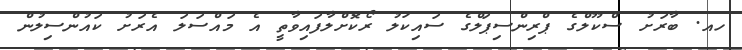
ހއ. ބާރަށު ސްކޫލްގެ ޕްރިންސިޕަލްގެ ސައިކަލު ރޯކޮށްލާފައިވާތީ އެ މައްސަލަ އެރަށު ކައުންސިލުން